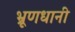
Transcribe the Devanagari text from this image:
भ्रूणधानी